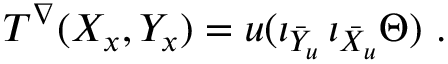
T ^ { \nabla } ( X _ { x } , Y _ { x } ) = u ( \iota _ { \bar { Y } _ { u } } \, \iota _ { \bar { X } _ { u } } \Theta ) \ .